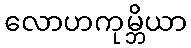
လောဟကုမ္ဘိယာ